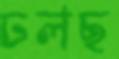
ঢলছ